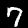
Label: 7